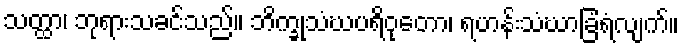
သတ္ထာ၊ ဘုရားသခင်သည်။ ဘိက္ခုသံဃပရိဝုတော၊ ရဟန်းသံဃာခြံရံလျက်။